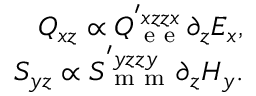
\begin{array} { r } { Q _ { x z } \propto Q _ { \mathrm { ~ e ~ e ~ } } ^ { ' x z z x } \partial _ { z } E _ { x } , } \\ { S _ { y z } \propto S _ { \mathrm { ~ m ~ m ~ } } ^ { ' y z z y } \partial _ { z } H _ { y } . } \end{array}